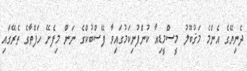
ދެނިޔޭގެ އެންމެ މަޤުބޫލު މީސްމީޑިއާ ކުންފުނިކަމުގައިވާ ފޭސްބުކްގެ ނަން މިފެށޭ ހަފްތާގެ ތެރޭގައި